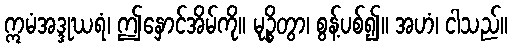
ဣမံအဒ္ဒုဃရံ၊ ဤနှောင်အိမ်ကို။ မုဉ္စိတွာ၊ စွန့်ပစ်၍။ အဟံ၊ ငါသည်။